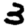
Digit: 3